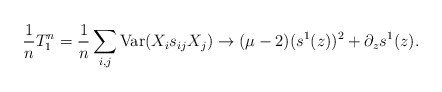
\begin{align*}\frac{1}{n}T^n_1=\frac{1}{n} \sum_{i,j} \mathrm{Var} (X_i s_{ij} X_j )\to (\mu - 2) (s^1(z))^2 + \partial_z s^1(z).\end{align*}